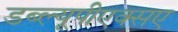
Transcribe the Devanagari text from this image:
डब्ल्यूपीएक्सए